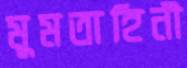
মুমতাহিনী